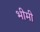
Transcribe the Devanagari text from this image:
भीमी